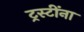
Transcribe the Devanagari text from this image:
ट्रस्टींना